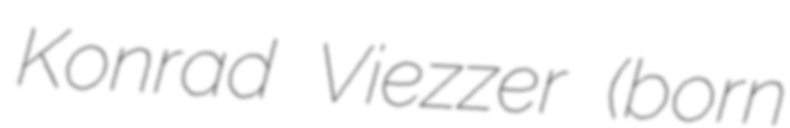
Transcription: Konrad Viezzer (born